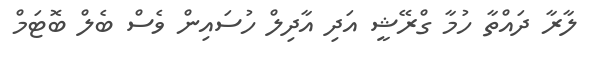
ލާރާ ދައްތާ ހުމާ ގްރޭޝީ އަދި އާދިލް ހުސައިން ވެސް ބެލް ބޮޓަމް